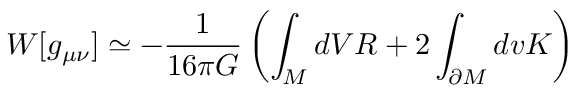
W [ g _ { \mu \nu } ] \simeq - { \frac { 1 } { 1 6 \pi G } } \left( \int _ { \cal M } d V R + 2 \int _ { \partial { \cal M } } d v K \right)